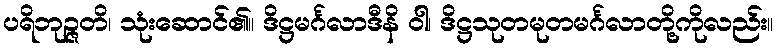
ပရိဘုဉ္ဇတိ၊ သုံးဆောင်၏။ ဒိဋ္ဌမင်္ဂလာဒီနိ ဝါ၊ ဒိဋ္ဌသုတမုတမင်္ဂလာတို့ကိုလည်း။